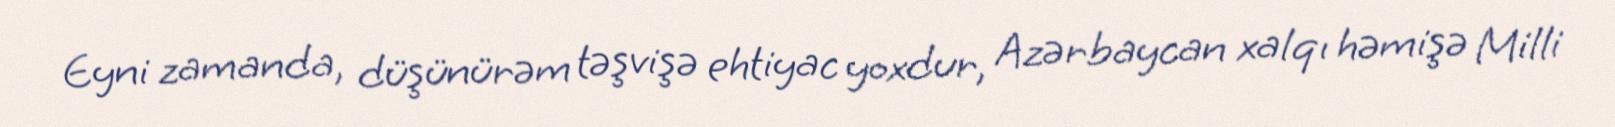
Eyni zamanda, düşünürəm təşvişə ehtiyac yoxdur, Azərbaycan xalqı həmişə Milli